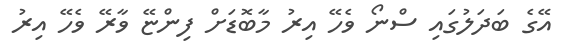
އޭގެ ބަދަލުގައި ސްނޯ ވެހޭ އިރު މާބޮޑަށް ފިންޏޭ ވާރޭ ވެހޭ އިރު